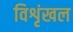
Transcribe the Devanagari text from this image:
विशृंखल